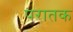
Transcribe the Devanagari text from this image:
परातक